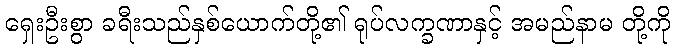
ရှေးဦးစွာ ခရီးသည်နှစ်ယောက်တို့၏ ရုပ်လက္ခဏာနှင့် အမည်နာမ တို့ကို